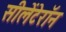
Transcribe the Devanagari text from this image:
सीलेंटेरॉन